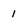
Character: 1